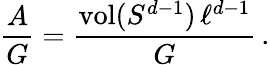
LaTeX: \frac{A}{G}=\frac{\mathrm{vol}(S^{d-1})\, \ell^{d-1}}{G}\, .